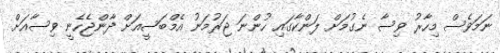
ނަމަވެސް މިހާރު ވިސާ ނެގުމަށް ލަންކާގައި ހުންނަ ޖަރުމަނު އެމްބަސީއަށް ދާންޖެހެނީ ވިސާއަށް